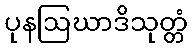
ပုနဩဃာဒိသုတ္တံ